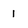
Character: 1